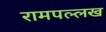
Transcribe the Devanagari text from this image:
रामपल्लख